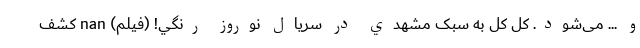
و ... می‌شود. کل کل به سبک مشهدي در سريال نوروز رنگي! (فیلم) nan کشف